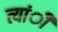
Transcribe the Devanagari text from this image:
त्यांी